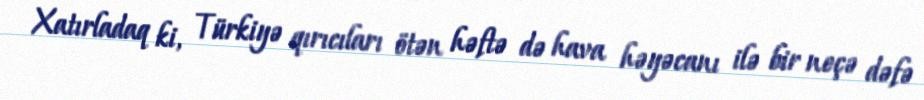
Xatırladaq ki, Türkiyə qırıcıları ötən həftə də hava həyəcanı ilə bir neçə dəfə